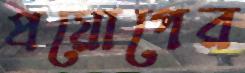
প্রয়োগের